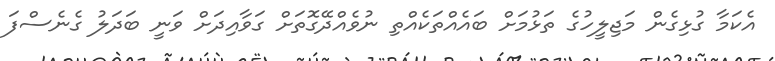
އެކަމާ ގުޅިގެން މަޖިލީހުގެ ތަޅުމަށް ބައެއްތަކެއްތި ނުވެއްދޭގޮތަށް ގަވާއިދަށް ވަނީ ބަދަލު ގެނެސްފަ